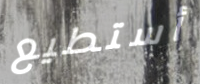
أستطيع